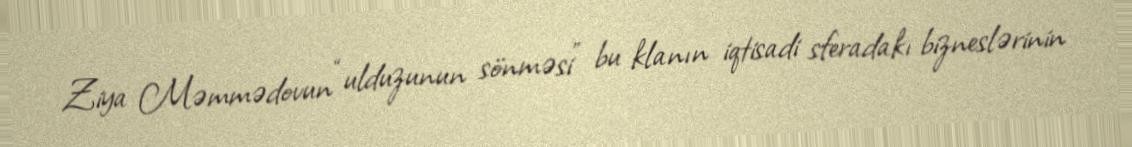
Ziya Məmmədovun “ulduzunun sönməsi” bu klanın iqtisadi sferadakı bizneslərinin